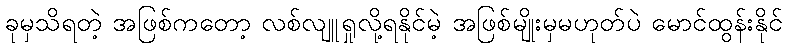
ခုမှသိရတဲ့ အဖြစ်ကတော့ လစ်လျူရှုလို့ရနိုင်မဲ့ အဖြစ်မျိုးမှမဟုတ်ပဲ မောင်ထွန်းနိုင်